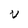
Character: V